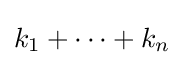
k_{1}+\cdots +k_{n}